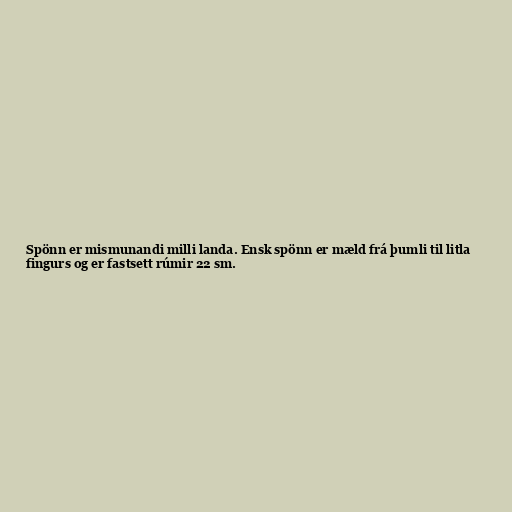
Spönn er mismunandi milli landa. Ensk spönn er mæld frá þumli til litla
fingurs og er fastsett rúmir 22 sm.